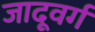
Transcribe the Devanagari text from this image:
जादूवर्ग